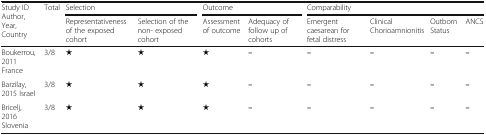
<table><thead><tr><td rowspan="2"><b>Study ID Author, Year, Country</b></td><td rowspan="2"><b>Total</b></td><td colspan="2"><b>Selection</b></td><td colspan="2"><b>Outcome</b></td><td colspan="4"><b>Comparability</b></td></tr><tr><td><b>Representativeness of the exposed cohort</b></td><td><b>Selection of the non- exposed cohort</b></td><td><b>Assessment of outcome</b></td><td><b>Adequacy of follow up of cohorts</b></td><td><b>Emergent caesarean for fetal distress</b></td><td><b>Clinical Chorioamnionitis</b></td><td><b>Outborn Status</b></td><td><b>ANCS</b></td></tr></thead><tbody><tr><td>Boukerrou, 2011 France</td><td>3/8</td><td>★</td><td>★</td><td>★</td><td><b>–</b></td><td><b>–</b></td><td><b>–</b></td><td><b>–</b></td><td><b>–</b></td></tr><tr><td>Barzilay, 2015 Israel</td><td>3/8</td><td>★</td><td>★</td><td>★</td><td><b>–</b></td><td><b>–</b></td><td><b>–</b></td><td><b>–</b></td><td><b>–</b></td></tr><tr><td>Bricelj, 2016 Slovenia</td><td>3/8</td><td>★</td><td>★</td><td>★</td><td><b>–</b></td><td><b>–</b></td><td><b>–</b></td><td><b>–</b></td><td><b>–</b></td></tr></tbody></table>